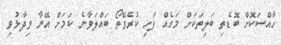
ހާއްސަކޮށް ބޮޑެތި ބަލިތަކަށް މަގެއް ފަހި ކުރެވޭތޯ ބައްލަވާނެ ކަމަށް އޭނާ ވިދާޅުވި